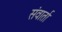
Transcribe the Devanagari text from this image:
संवार्ता